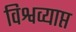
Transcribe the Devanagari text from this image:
विश्वव्याप्त